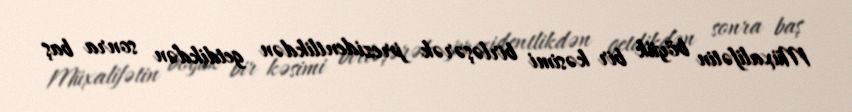
Müxalifətin böyük bir kəsimi birləşərək prezidentlikdən getdikdən sonra baş